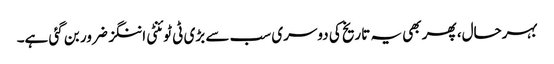
بہرحال، پھر بھی یہ تاریخ کی دوسری سب سے بڑی ٹی ٹوئنٹی اننگز ضرور بن گئی ہے۔